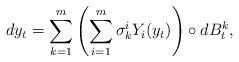
\begin{align*}dy_t=\sum_{k=1}^{m} \left( \sum_{i=1}^{m} \sigma_k^i Y_i(y_t) \right)\circ dB_t^k,\end{align*}